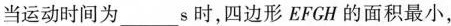
当运动时间为____s_时，四边形EFCH的面积最小，